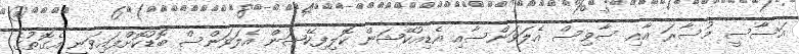
އަސާސީ މުސާރަ އާއި ސާވިސް އެލަވަންސާއި އެޑިއުކޭޝަން ކޮލިފިކޭޝަން އެލަވަންސް ބޮޑުކޮށްފައިވަނީ އެގޮތުގެ